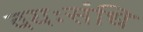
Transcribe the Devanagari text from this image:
वयःसंधि